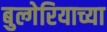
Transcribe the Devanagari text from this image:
बुल्गेरियाच्या